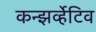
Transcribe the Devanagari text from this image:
कन्झर्व्हेटिव